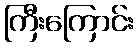
ကြီးကြောင်း